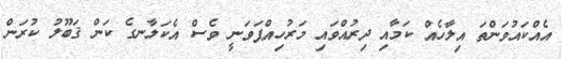
އެއްކައުވަންތަ އިލާހެއް ކަމާއި ދިރުއްވައި މަރުހިއްޕަވަނީ ވެސް އެކަލާނގެ ކަން ޤަބޫލު ކުރަން